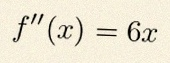
f''(x)=6x